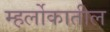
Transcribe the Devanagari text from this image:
म्हर्लोकातील